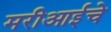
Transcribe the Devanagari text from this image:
मरीआईचे